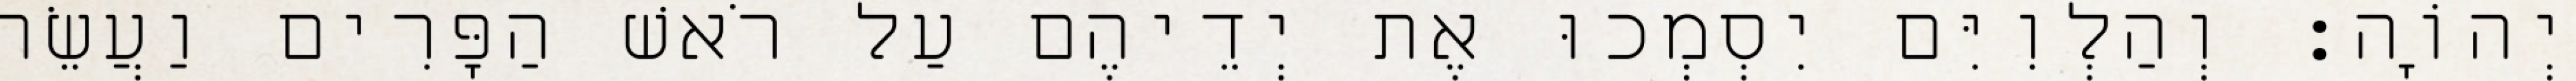
יְהוָֹה׃ וְהַלְוִיִּם יִסְמְכוּ אֶת יְדֵיהֶם עַל רֹאשׁ הַפָּרִים וַעֲשֵׂה